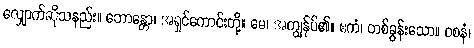
လျှောက်ဆိုသနည်း။ ဘောန္တော၊ အရှင်ကောင်းတို့။ မေ၊ အကျွန်ုပ်၏။ ဧကံ၊ တစ်ခွန်းသော။ ဝစနံ၊